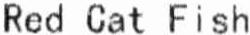
RED CAT FISH